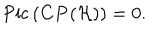
\mathrm { P i c } \, ( { \bf C P } ( { \cal H } ) ) = 0 .